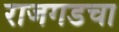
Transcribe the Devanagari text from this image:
राजगडचा